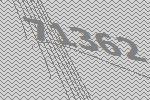
71362